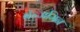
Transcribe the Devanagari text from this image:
बॅन्जमिन